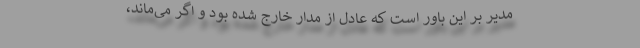
مدیر بر این باور است که عادل از مدار خارج شده بود و اگر می‌ماند،